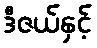
ဒီဇယ်နှင့်